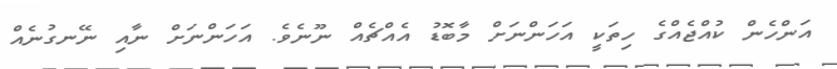
އަންހެން ކުއްޖެއްގެ ހިތަކީ އަހަންނަށް މާބޮޑު އެއްޗެއް ނޫނެވެ. އަހަންނަށް ނާއި ނޭނގުނެއް